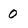
Character: 0